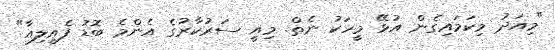
"މިއަދު މިކަމައިގެން އުޅޭ މީހަކު ނެތް. މިއީ ސަރުކާރުގެ އެންމެ ބޮޑު ފެއިލިއާ"